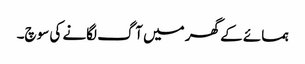
ہمسائے کے گھر میں آگ لگانے کی سوچ۔